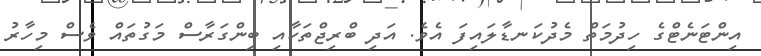
އިންޓަނެޓްގެ ހިދުމަތް މެދުކަނޑާލައިފަ އެވެ. އަދި ބްރިޖްތަކާއި ބިންގަރާސް މަގުތައް ވެސް މިހާރު